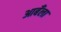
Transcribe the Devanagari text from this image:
आबँला